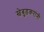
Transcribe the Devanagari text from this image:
खेबुडकरांनी